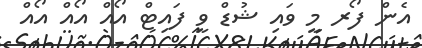
އެން ފޯރ މީ ވައި ޝުޑް ވީ ފައިޓް އޯއް އޯއް އޯއް